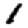
Digit: 1